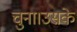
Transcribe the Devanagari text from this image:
चुना।उसके